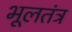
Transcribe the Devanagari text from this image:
भूलतंत्र